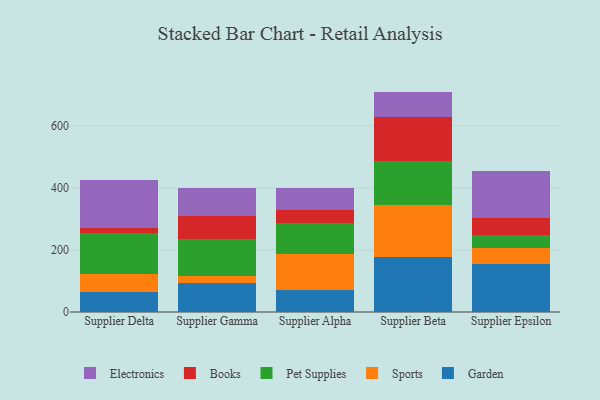
{"axis": {"x": "Supplier", "y": "Temperature (°C)"}, "legend": ["Books", "Electronics", "Garden", "Pet Supplies", "Sports"], "data": [{"x": "Supplier Delta", "y": 63.9, "type": "Garden"}, {"x": "Supplier Delta", "y": 59.6, "type": "Sports"}, {"x": "Supplier Delta", "y": 130.7, "type": "Pet Supplies"}, {"x": "Supplier Delta", "y": 16.5, "type": "Books"}, {"x": "Supplier Delta", "y": 154.1, "type": "Electronics"}, {"x": "Supplier Gamma", "y": 92.8, "type": "Garden"}, {"x": "Supplier Gamma", "y": 23.3, "type": "Sports"}, {"x": "Supplier Gamma", "y": 120.2, "type": "Pet Supplies"}, {"x": "Supplier Gamma", "y": 74.2, "type": "Books"}, {"x": "Supplier Gamma", "y": 89.8, "type": "Electronics"}, {"x": "Supplier Alpha", "y": 71.9, "type": "Garden"}, {"x": "Supplier Alpha", "y": 114.8, "type": "Sports"}, {"x": "Supplier Alpha", "y": 99.0, "type": "Pet Supplies"}, {"x": "Supplier Alpha", "y": 43.4, "type": "Books"}, {"x": "Supplier Alpha", "y": 70.7, "type": "Electronics"}, {"x": "Supplier Beta", "y": 176.5, "type": "Garden"}, {"x": "Supplier Beta", "y": 167.8, "type": "Sports"}, {"x": "Supplier Beta", "y": 143.0, "type": "Pet Supplies"}, {"x": "Supplier Beta", "y": 142.4, "type": "Books"}, {"x": "Supplier Beta", "y": 80.4, "type": "Electronics"}, {"x": "Supplier Epsilon", "y": 154.9, "type": "Garden"}, {"x": "Supplier Epsilon", "y": 52.2, "type": "Sports"}, {"x": "Supplier Epsilon", "y": 42.6, "type": "Pet Supplies"}, {"x": "Supplier Epsilon", "y": 51.7, "type": "Books"}, {"x": "Supplier Epsilon", "y": 153.1, "type": "Electronics"}]}